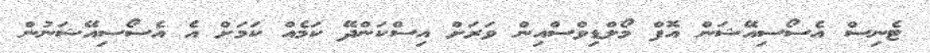
ޓެނިސް އެސޯސިއޭޝަން އޮފް މޯލްޑިވްސްއިން ވަރަށް އިސްކަންދޭ ކަމެއް ކަމަށް އެ އެސޯސިއޭޝަނުން